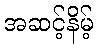
အဆင့်နိမ့်